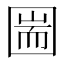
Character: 圌